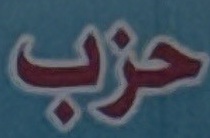
حزب